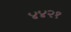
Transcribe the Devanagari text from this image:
४४२१